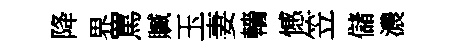
降界罵贓玉妻轖憾笠儲濃